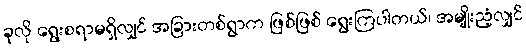
ခုလို ရွေးစရာမရှိလျှင် အခြားတစ်ရွာက ဖြစ်ဖြစ် ရွေးကြပါတယ်၊ အမျိုးညံ့လျှင်